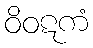
ဝိဝဋကံ